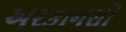
અરકાનસો